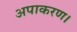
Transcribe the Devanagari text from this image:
अपाकरण।